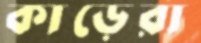
কাড়েরা